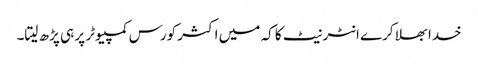
خدا بھلا کرے انٹر نیٹ کا کہ میں اکثر کورس کمپیوٹر پر ہی پڑھ لیتا۔